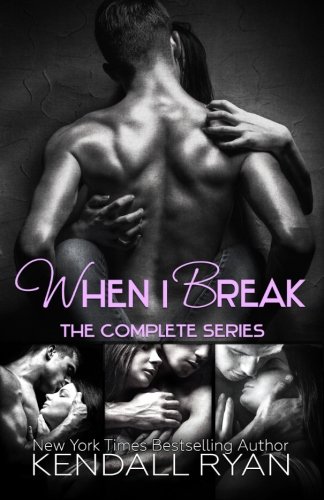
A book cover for When I Break Complete Series; Kendall Ryann; Romance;